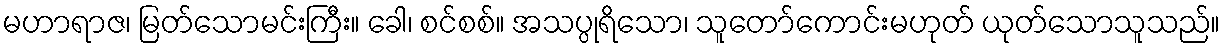
မဟာရာဇ၊ မြတ်သောမင်းကြီး။ ခေါ၊ စင်စစ်။ အသပ္ပုရိသော၊ သူတော်ကောင်းမဟုတ် ယုတ်သောသူသည်။